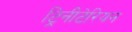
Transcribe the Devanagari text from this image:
ट्रिनीटेरियन